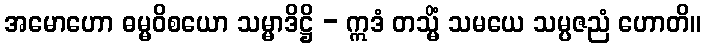
အမောဟော ဓမ္မဝိစယော သမ္မာဒိဋ္ဌိ - ဣဒံ တသ္မိံ သမယေ သမ္ပဇညံ ဟောတိ။